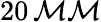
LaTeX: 20\, \mathcal{M}\mathcal{M}